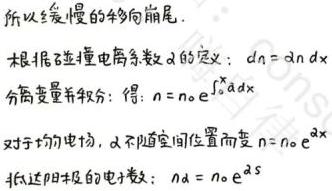
所以缓慢的移向崩尾.

根据碰撞电离系数$\alpha$的定义：$dn=\alpha n dx$

分离变量并积分：得$n = n_0 e^{\int_{0}^{x}\alpha dx}$

对于均匀电场，$\alpha$不随空间位置而变$n = n_0 e^{\alpha x}$

抵达阳极的电子数：$n_d = n_0 e^{\alpha s}$